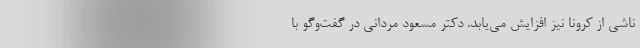
ناشی از کرونا نیز افزایش می‌یابد. دکتر مسعود مردانی در گفت‌وگو با